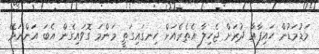
މަޑުމަޑުން ހައިފާއާ ދުރަށް ޖެހިލާ އެތެރެއަށް ހިނގައިގަތީ މަންމަ ގޮވައިގެން އެބަ އަންނަމޭ